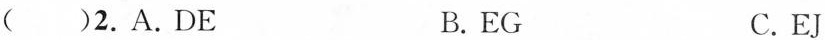
( )2.A.DE B.EG C.EJ